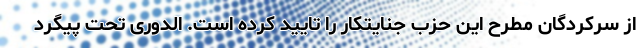
از سرکردگان مطرح این حزب جنایتکار را تایید کرده است. الدوری تحت پیگرد